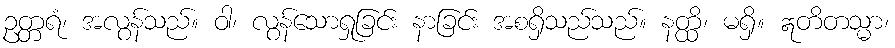
ဥတ္တရံ၊ အလွန်သည်။ ဝါ၊ လွန်သောရှုခြင်း နာခြင်း အစရှိသည်သည်။ နတ္ထိ၊ မရှိ။ ဣတိတသ္မာ၊